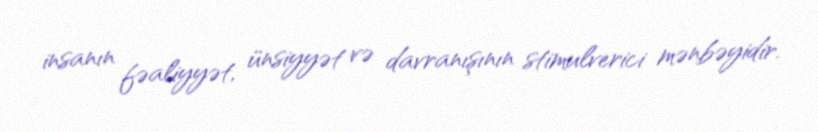
insanın fəaliyyət, ünsiyyət və davranışının stimulverici mənbəyidir.